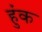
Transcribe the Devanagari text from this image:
हुंक